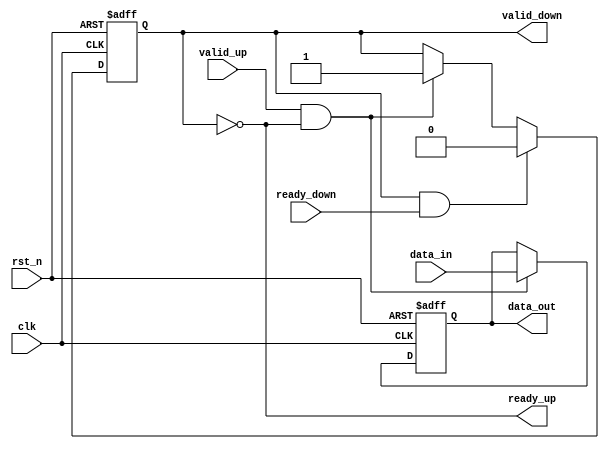
module buffer(
	input clk,
	input rst_n,

	input valid_up,
	input [38:0] data_in,
	output ready_up,


	output valid_down,
	output [38:0] data_out,
	input ready_down
);

	reg 		buffer_data_valid;
	reg [38:0] 	buffer_data;

	assign ready_up = ~buffer_data_valid;

	always@(posedge clk or negedge rst_n) begin 
		if (rst_n == 1'b0) begin 
			buffer_data_valid <= 1'b0;
		end 
		else if (valid_down & ready_down) begin
			buffer_data_valid <= 1'b0;
		end
		else if (valid_up & ready_up) begin 
			buffer_data_valid <= 1'b1;
		end
	end

	always@(posedge clk or negedge rst_n) begin 
		if (rst_n == 1'b0) begin 
			buffer_data <= 32'd0;
		end 
		else if (valid_up & ready_up) begin 
			buffer_data <= data_in;
		end
	end

	assign valid_down = buffer_data_valid;
	assign data_out = buffer_data;
endmodule